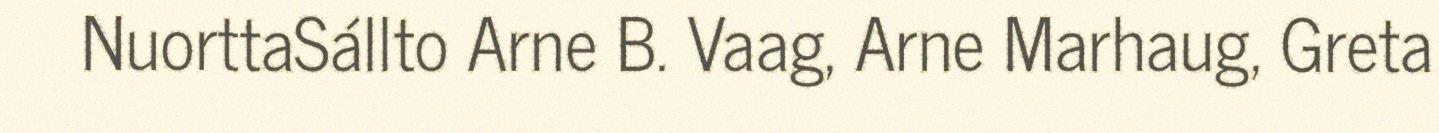
NuorttaSállto Arne B. Vaag, Arne Marhaug, Greta